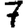
Digit: 7